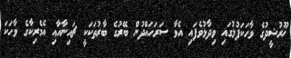
ޚޫރުޝީދުގެ ވާހަކަފުޅުގައި ވިދާޅުވެފައި އެވާ ސަރަހައްދުން ބޭރުގެ ބާރުތަކަކީ ޗައިނާއާއި އެމެރިކާގެ ވާހަކަ